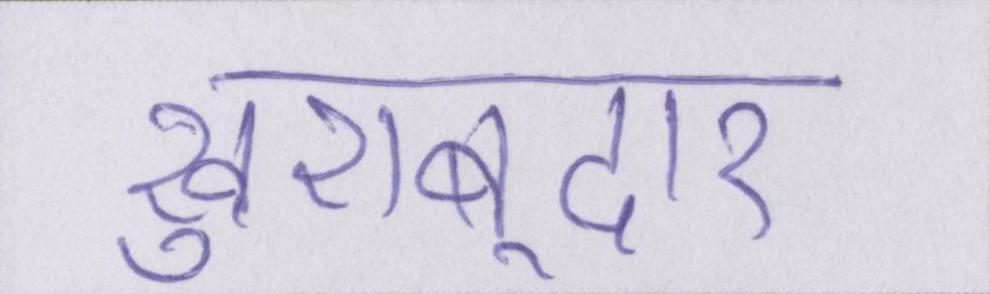
खुशबूदार